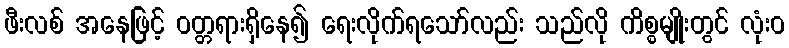
ဖီးလစ် အနေဖြင့် ဝတ္တရားရှိနေ၍ ရေးလိုက်ရသော်လည်း သည်လို ကိစ္စမျိုးတွင် လုံးဝ